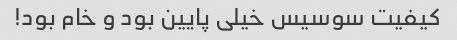
کیفیت سوسیس خیلی پایین بود و خام بود!